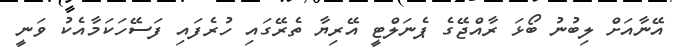
އޭނާއަށް ލިބުނު ބޯޅަ ރާއްޖޭގެ ޕެނަލްޓީ އޭރިޔާ ތެރޭގައި ހުރެފައި ފަސޭހަކަމާއެކު ވަނީ